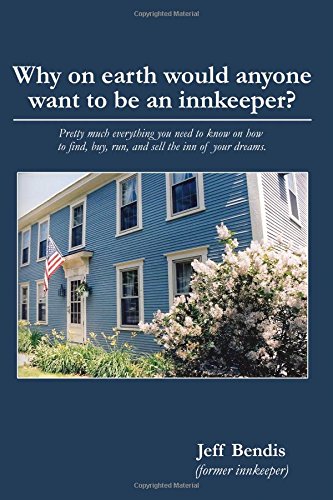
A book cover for Why on earth would anyone want to be an innkeeper? Pretty much everything you need to know on how to find, buy, run, and sell the inn of your dreams.; Jeff Bendis; Travel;